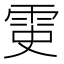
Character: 𩂝